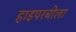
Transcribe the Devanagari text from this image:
हाइपरबोला